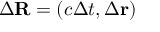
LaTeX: \Delta \mathbf { R } = \left( c \Delta t , \Delta \mathbf { r } \right)